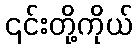
၎င်းတို့ကိုယ်